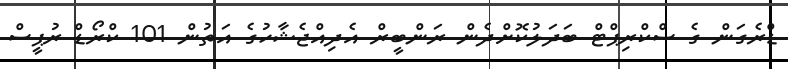
ޑްރެގަން ގެ ސްކްރިޕްޓް ބަދަލުކޮށްދެން ރަންބީރް އެދިއްޖެޝާހުގެ އަތުން 101 ކްރޯޑް ރުޕީސް